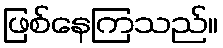
ဖြစ်နေကြသည်။